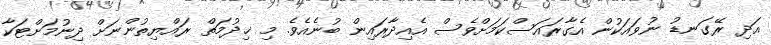
އަދި ރޭގަނޑު ނުވައަކުން އެގާރައަސްކަމަށްވެސް އެއިދާރައިން ބުނެއެވެ. މި ޚިދުމަތް ރައްޔިތުންނަށް ދިނުމަށްޓަކާ